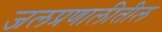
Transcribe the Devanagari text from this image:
जलप्रणालीतील